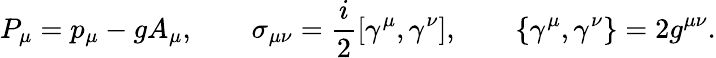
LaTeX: P_{\mu}=p_{\mu}-gA_{\mu},\qquad\sigma_{\mu\nu}={\frac{i}{2}}[\gamma^{\mu},\gamma^{\nu}],\qquad\{ \gamma^{\mu},\gamma^{\nu}\} =2g^{\mu\nu}.